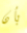
بأن